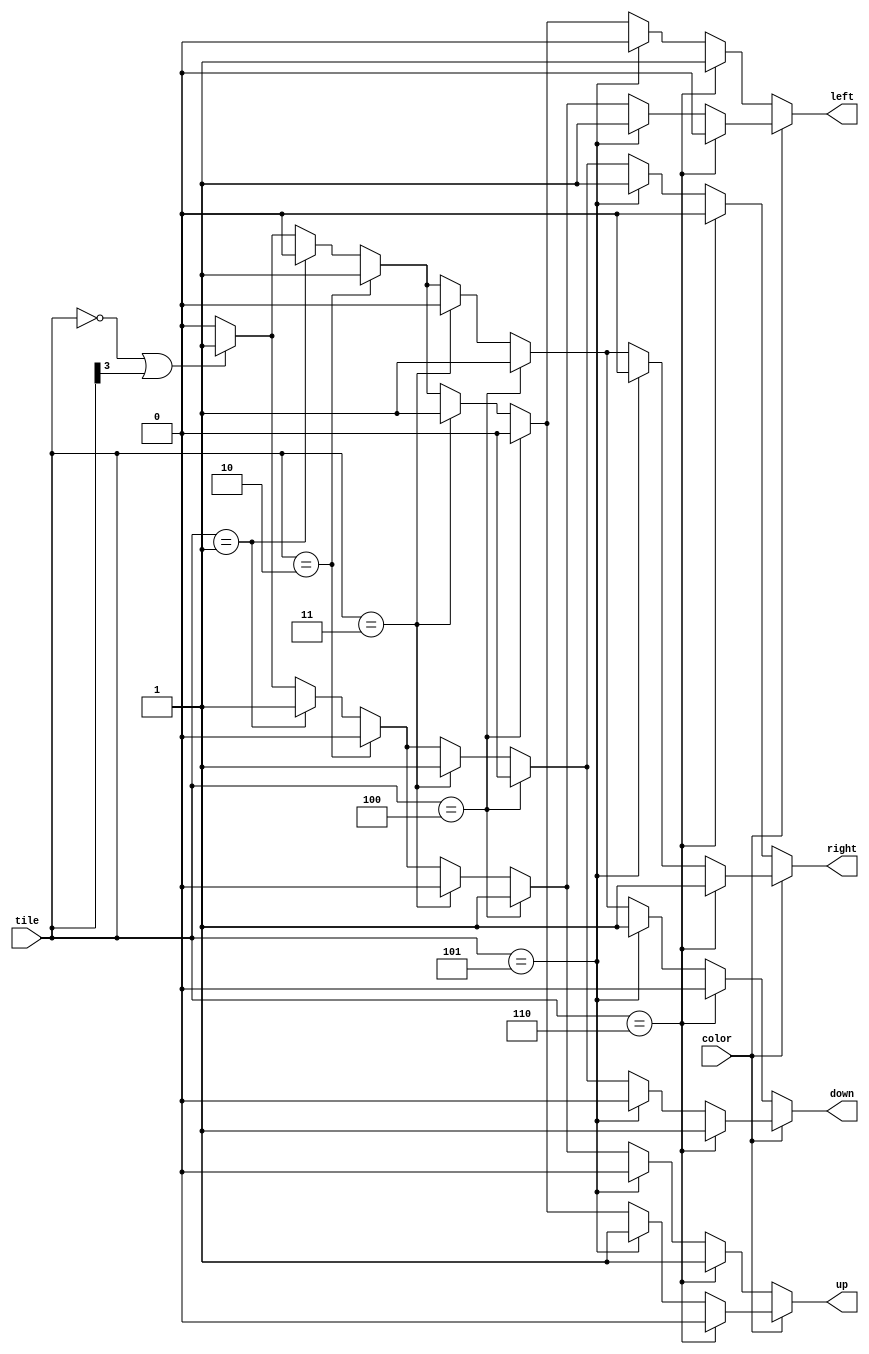
module set_dir(
input[3:0] tile,
input color, // 1 = White,  0 = Black
output reg left, up, right, down
);

	always@(*)begin
		left = 0;
		up = 0;
		right = 0;
		down = 0;
		if(color)begin  /// choice for white
			if((tile == 4'b0000) || (tile[3] == 1'b1)) begin
				left = 1'b1;
				up = 1'b1;
				right = 1'b1;
				down = 1'b1;
			end
			
			if(tile == 4'd1)begin
				left = 1'b1;
				up = 1'b0;
				right = 1'b0;
				down = 1'b1;
			end
			
			if(tile == 4'd2)begin
				left = 1'b0;
				up = 1'b1;
				right = 1'b1;
				down = 1'b0;
			end
			
			if(tile == 4'd3)begin
				left = 1'b0;
				up = 1'b1;
				right = 1'b0;
				down = 1'b1;
			end
			
			if(tile == 4'd4)begin
				left = 1'b1;
				up = 1'b0;
				right = 1'b1;
				down = 1'b0;
			end
			
			if(tile == 4'd5)begin
				left = 1'b1;
				up = 1'b1;
				right = 1'b0;
				down = 1'b0;
			end
			
			if(tile == 4'd6)begin
				left = 1'b0;
				up = 1'b0;
				right = 1'b1;
				down = 1'b1;
			end
			
		end
		
		else begin  // choice for black
			if((tile == 4'b0000) || (tile[3] == 1'b1)) begin
				left = 1'b1;
				up = 1'b1;
				right = 1'b1;
				down = 1'b1;
			end
			
			if(tile == 4'd1)begin
				left = 1'b0;
				up = 1'b1;
				right = 1'b1;
				down = 1'b0;
			end
			
			if(tile == 4'd2)begin
				left = 1'b1;
				up = 1'b0;
				right = 1'b0;
				down = 1'b1;
			end
			
			if(tile == 4'd3)begin
				left = 1'b1;
				up = 1'b0;
				right = 1'b1;
				down = 1'b0;
			end
			
			if(tile == 4'd4)begin
				left = 1'b0;
				up = 1'b1;
				right = 1'b0;
				down = 1'b1;
			end
			
			if(tile == 4'd5)begin
				left = 1'b0;
				up = 1'b0;
				right = 1'b1;
				down = 1'b1;
			end
			
			if(tile == 4'd6)begin
				left = 1'b1;
				up = 1'b1;
				right = 1'b0;
				down = 1'b0;
			end
		end
		
	end

endmodule